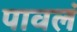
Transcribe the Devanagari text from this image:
पावलं